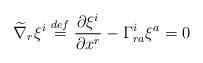
LaTeX: \begin{align*}\widetilde{\nabla }_{r}\xi ^{i}\overset{def}{=}\frac{\partial \xi ^{i}}{\partial x^{r}}-\Gamma _{ra}^{i}\xi ^{a}=0\end{align*}